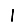
Digit: 1